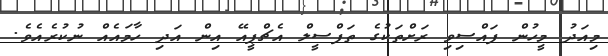
މިއަދު މީހުން ފައްސިވި ރަށްތަކުގެ ތަފްސީލް އެޗްޕީއޭ އިން އަދި ހާމައެއް ނުކުރެއެވެ.